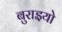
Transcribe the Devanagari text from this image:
बुराइयो